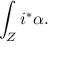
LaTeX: \int _ { Z } i ^ { * } \alpha .